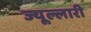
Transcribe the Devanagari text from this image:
ज्यूल्लारी